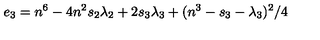
e _ { 3 } = n ^ { 6 } - 4 n ^ { 2 } s _ { 2 } \lambda _ { 2 } + 2 s _ { 3 } \lambda _ { 3 } + ( n ^ { 3 } - s _ { 3 } - \lambda _ { 3 } ) ^ { 2 } / 4